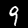
Label: 9